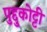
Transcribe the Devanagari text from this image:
पुद्दुकोट्टी